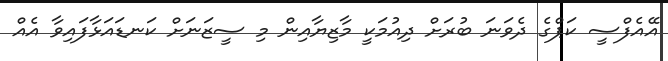
އޭއެފްސީ ކަޕްގެ ދެވަނަ ބުރަށް ދިއުމަކީ މާޒިޔާއިން މި ސީޒަނަށް ކަނޑައަޅާފައިވާ އެއް